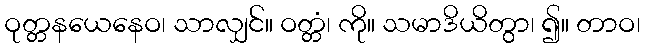
ဝုတ္တနယေနေဝ၊ သာလျှင်။ ဝတ္တံ၊ ကို။ သမာဒိယိတွာ၊ ၍။ တာဝ၊